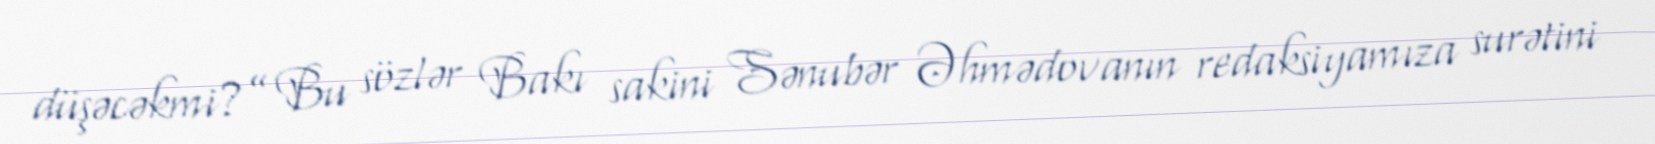
düşəcəkmi?” Bu sözlər Bakı sakini Sənubər Əhmədovanın redaksiyamıza surətini